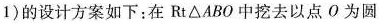
1)的设计方案如下：在Rt△ABO中挖去以点O为圆